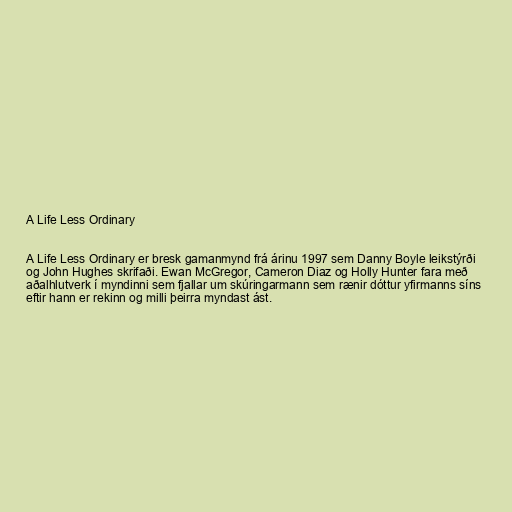
A Life Less Ordinary

A Life Less Ordinary er bresk gamanmynd frá árinu 1997 sem Danny Boyle leikstýrði
og John Hughes skrifaði. Ewan McGregor, Cameron Diaz og Holly Hunter fara með
aðalhlutverk í myndinni sem fjallar um skúringarmann sem rænir dóttur yfirmanns síns
eftir hann er rekinn og milli þeirra myndast ást.